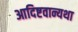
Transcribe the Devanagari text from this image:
आदिष्टवान्यथा